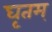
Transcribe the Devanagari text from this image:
घृतम्